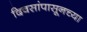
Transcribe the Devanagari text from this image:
दिवसांपासूनच्या